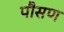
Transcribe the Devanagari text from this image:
पौसण